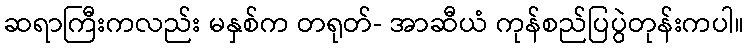
ဆရာကြီးကလည်း မနှစ်က တရုတ်- အာဆီယံ ကုန်စည်ပြပွဲတုန်းကပါ။